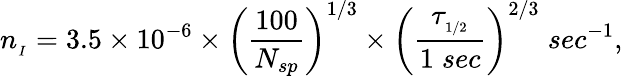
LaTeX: n_{_I}=3.5\times 10^{-6}\times\left(\frac{100}{N_{sp}}\right)^{1/3}\times\left(\frac{\tau_{_{1/2}}}{1\; sec}\right)^{2/3}\; sec^{-1},